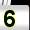
Digit: 5